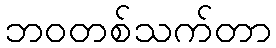
ဘဝတစ်သက်တာ